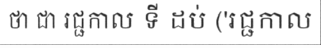
ថា ជា រជ្ជកាល ទី ដប់ ('រជ្ជកាល